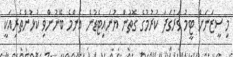
މި ސީޒަނަށް ޓީމު ވަރުގަދަ ކުރުމުގެ ގޮތުން ޔުނައިޓެޑުން އެންމެ ބޭނުންވި ކުޅުންތެރިއަކީ